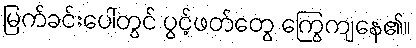
မြက်ခင်းပေါ်တွင် ပွင့်ဖတ်တွေ ကြွေကျနေ၏။